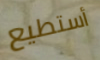
أستطيع